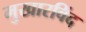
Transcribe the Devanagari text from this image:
मुखारविंद